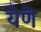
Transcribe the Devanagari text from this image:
येणॆ